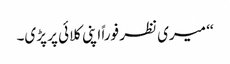
‘‘ میری نظر فوراً اپنی کلائی پر پڑی۔